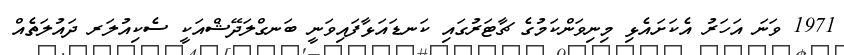
1971 ވަނަ އަހަރު އެކަށައެޅި މިނިވަންކަމުގެ ޗާޓަރުގައި ކަނޑައަޅާފައިވަނީ ބަނގްލަދޭޝްއަކީ ސެކިއުލަރ ދައުލަތެއް